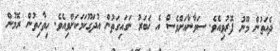
ދެއަތުން މޫނު ފޮރުވިއެވެ. ސަވާނާއަށްވެސް އެ ޚަބަރު ނަގައިގަތުން އުދަގޫކަމަކަށްވިއެވެ. ހިތާހިތުން ރޮމުން